65_HS1-834228961_62-HQ-83894_SUB_A
Agency: FBI
Page 3
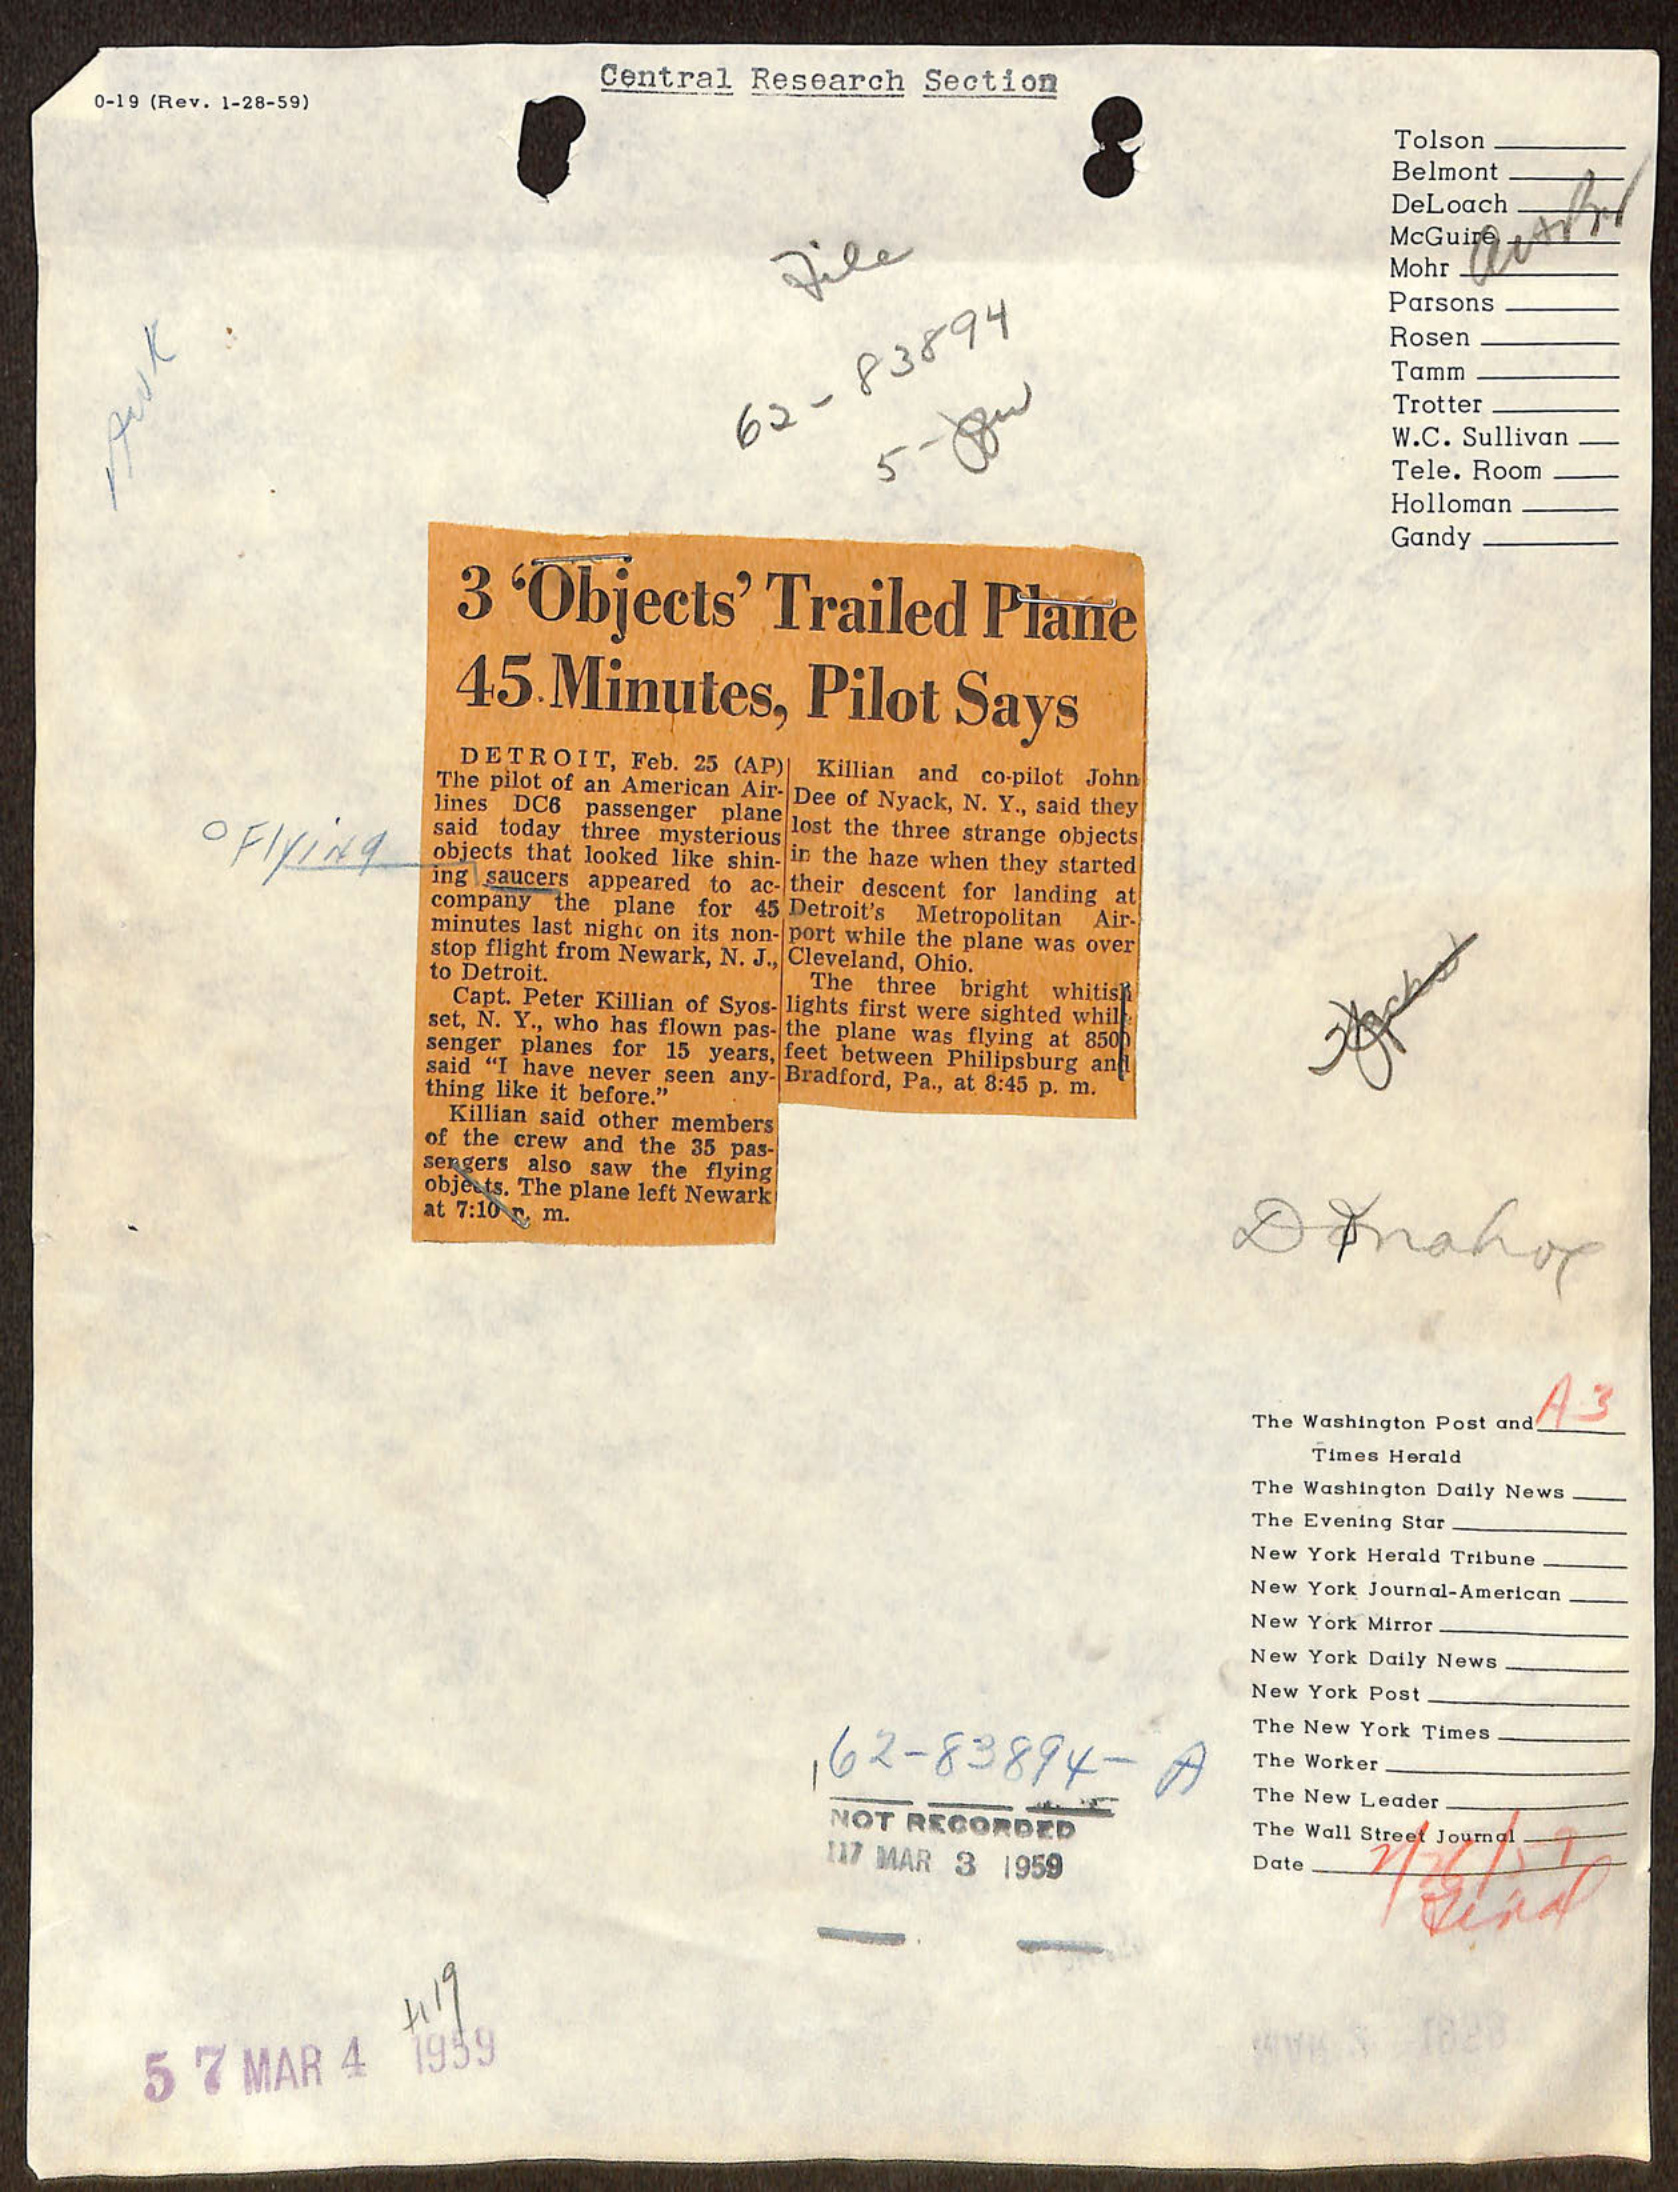